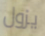
يزول